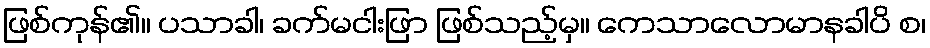
ဖြစ်ကုန်၏။ ပသာခါ၊ ခက်မငါးဖြာ ဖြစ်သည့်မှ။ ကေသာလောမာနခါပိ စ၊